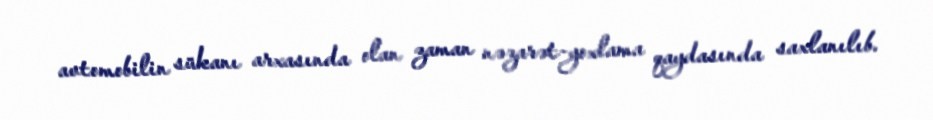
avtomobilin sükanı arxasında olan zaman nəzarət-yoxlama qaydasında saxlanılıb.